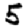
Digit: 5